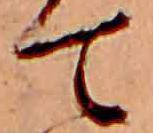
て